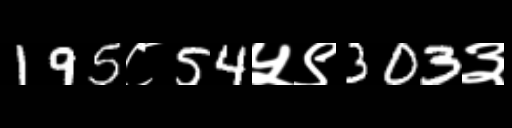
Text: 195८54५९303३